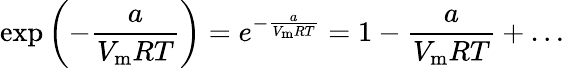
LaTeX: \exp\left(-{\frac{a}{V_{\mathrm{m}}RT}}\right)=e^{-{\frac{a}{V_{\mathrm{m}}RT}}}=1-{\frac{a}{V_{\mathrm{m}}RT}}+\dots